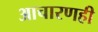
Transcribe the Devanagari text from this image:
आचारणही